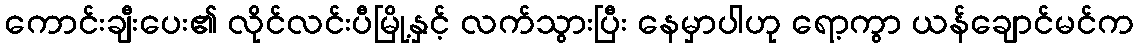
ကောင်းချီးပေး၏ လိုင်လင်းပီမြို့နှင့် လက်သွားပြီး နေမှာပါဟု ရော့ကွာ ယန်ချောင်မင်က